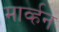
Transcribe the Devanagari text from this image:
मार्व्हन